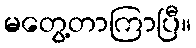
မတွေ့တာကြာပြီ။